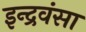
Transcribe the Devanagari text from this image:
इन्द्रवंसा